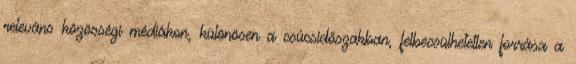
releváns közösségi médiákon, különösen a csúcsidőszakban, felbecsülhetetlen forrása a